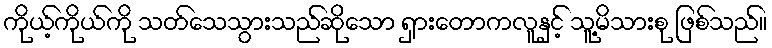
ကိုယ့်ကိုယ်ကို သတ်သေသွားသည်ဆိုသော ရှားတောကလူနှင့် သူ့မိသားစု ဖြစ်သည်။